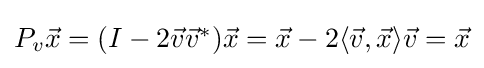
{\textstyle P_{v}{\vec {x}}=(I-2{\vec {v}}{\vec {v}}^{*}){\vec {x}}={\vec {x}}-2\langle {\vec {v}},{\vec {x}}\rangle {\vec {v}}={\vec {x}}}